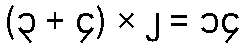
(၃ + ၄) × ၂ = ၁၄